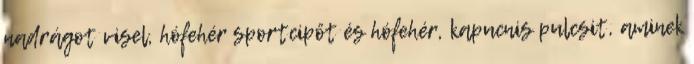
nadrágot visel, hófehér sportcipőt és hófehér, kapucnis pulcsit, aminek